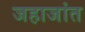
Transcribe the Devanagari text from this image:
जहाजांत